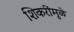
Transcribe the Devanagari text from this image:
शिकरींमुळे